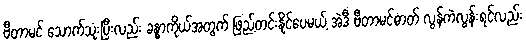
ဗီတာမင် သောက်သုံးပြီးလည်း ခန္ဓာကိုယ်အတွက် ဖြည့်တင်းနိုင်ပေမယ့် အဲဒီ ဗီတာမင်ဓာတ် လွန်ကဲလွန်းရင်လည်း